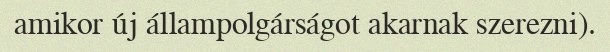
amikor új állampolgárságot akarnak szerezni).